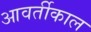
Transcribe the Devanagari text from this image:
आवर्तीकाल